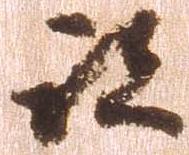
跡